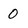
Character: 0